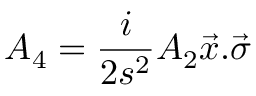
A _ { 4 } = \frac { i } { 2 s ^ { 2 } } A _ { 2 } \vec { x } . \vec { \sigma }